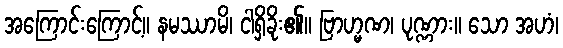
အကြောင်းကြောင့်။ နမဿာမိ၊ ငါရှိခိုး၏။ ဗြာဟ္မဏ၊ ပုဏ္ဏား။ သော အဟံ၊